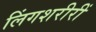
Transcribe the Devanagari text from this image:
लिंगशरीरीं